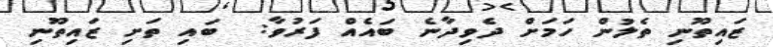
ޒައިތޫނި ތެލުން ހަމަށް ދެވިދާނެ ބައެއް ފަރުވާ:  ބައި ތަށި ޒައިތޫނި